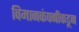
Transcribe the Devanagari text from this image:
विमानकंपनीकडून